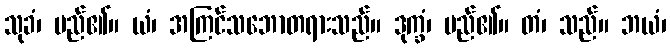
သုခံ၊ မည်၏။ ယံ၊ အကြင်သဘောတရားသည်။ ဒုက္ခံ၊ မည်၏။ တံ၊ သည်။ ဘယံ၊